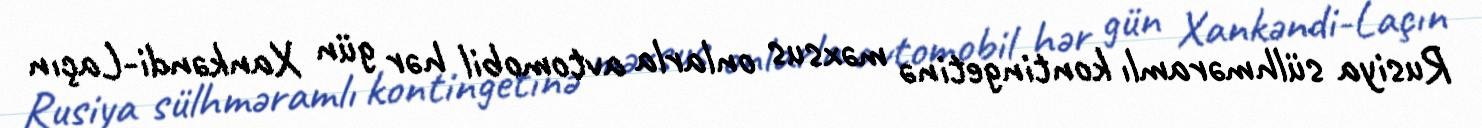
Rusiya sülhməramlı kontingetinə məxsus onlarla avtomobil hər gün Xankəndi-Laçın